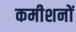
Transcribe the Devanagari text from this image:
कमीशनों